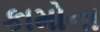
કામોના